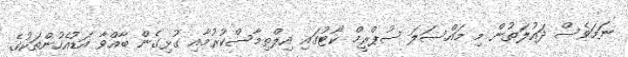
ނަމަވެސް ދައުލަތުން މި މައްސަލަ ސުޕްރީމް ކޯޓުގައި އިލްތިމާސްކުރުމާއި ގުޅިގެން ބާއްވާ އަޑުއެހުންތަކުގެ